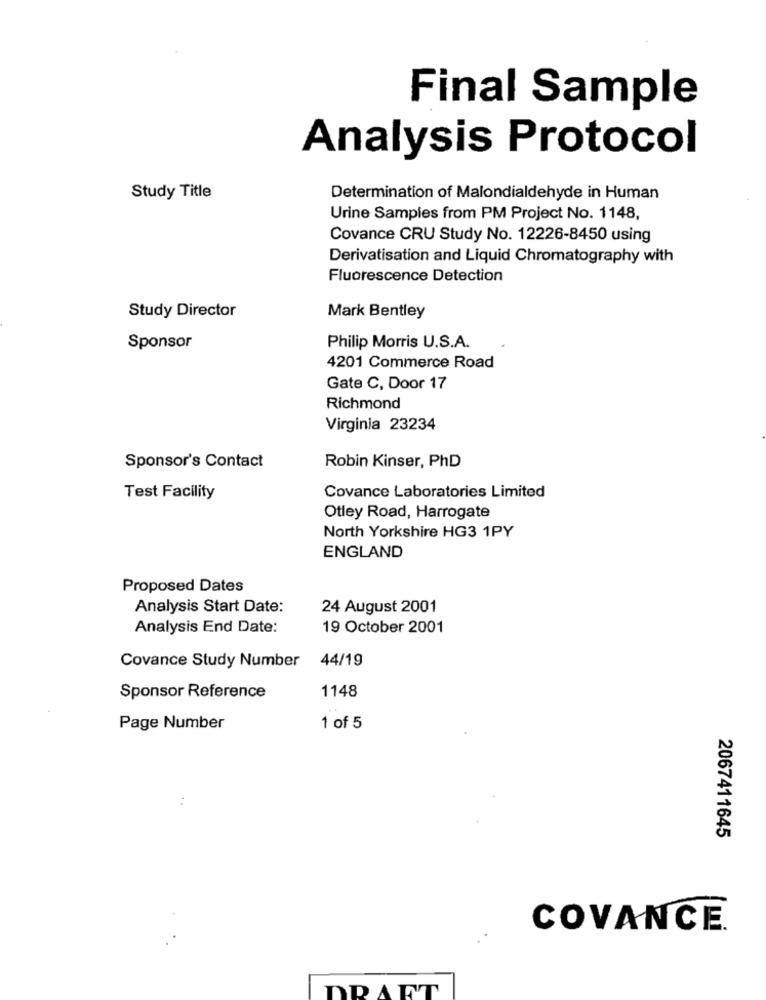
Final Sample
Analysis Protocol
Study Title
Determination of Malondialdehyde in Human
Urine Samples from PM Project No. 1148,
Covance CRU Study No. 12226-8450 using
Derivatisation and Liquid Chromatography with
Fluorescence Detection
Study Director
Mark Bentley
Sponsor
Philip Morris U.S.A.
4201 Commerce Road
Gate C, Door 17
Richmond
Virginia 23234
Robin Kinser, PhD
Sponsor's Contact
Test Facility
Covance Laboratories Limited
Otley Road, Harrogate
North Yorkshire HG3 1PY
ENGLAND
Proposed Dates
Analysis Start Date:
24 August 2001
Analysis End Date:
19 October 2001
Covance Study Number
44/19
Sponsor Reference
1148
Page Number
1 of 5
2067411645
COVANCE.
DRAFT